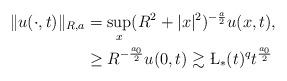
LaTeX: \begin{align*}\|u(\cdot,t)\|_{R,a}&=\sup_{x}(R^2+|x|^2)^{-\frac{a}{2}}u(x,t),\\&\geq R^{-\frac{a_0}{2}}u(0,t)\gtrsim \L_\ast(t)^qt^{\frac{a_0}{2}}\end{align*}